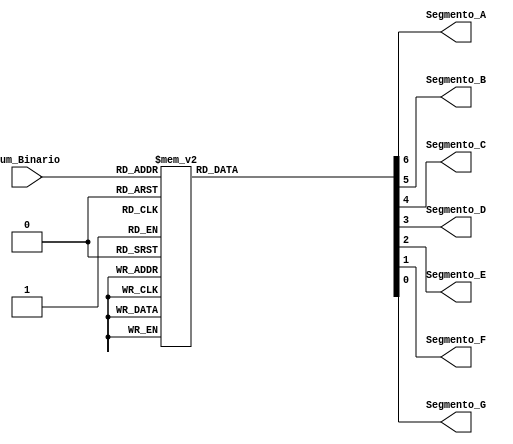
module sete_segmentos 
  (
   input [3:0] Num_Binario,
   output Segmento_A,
   output Segmento_B,
   output Segmento_C,
   output Segmento_D,
   output Segmento_E,
   output Segmento_F,
   output Segmento_G
   );
 
  reg [6:0] Hex_Encoding = 7'h00;
   
  always @(Num_Binario)
    begin
      case (Num_Binario)
        4'b0000 : Hex_Encoding <= 7'h7E;
        4'b0001 : Hex_Encoding <= 7'h30;
        4'b0010 : Hex_Encoding <= 7'h6D;
        4'b0011 : Hex_Encoding <= 7'h79;
        4'b0100 : Hex_Encoding <= 7'h33;          
        4'b0101 : Hex_Encoding <= 7'h5B;
        4'b0110 : Hex_Encoding <= 7'h5F;
        4'b0111 : Hex_Encoding <= 7'h70;
        4'b1000 : Hex_Encoding <= 7'h7F;
        4'b1001 : Hex_Encoding <= 7'h7B;
        4'b1010 : Hex_Encoding <= 7'h77;
        4'b1011 : Hex_Encoding <= 7'h1F;
        4'b1100 : Hex_Encoding <= 7'h4E;
        4'b1101 : Hex_Encoding <= 7'h3D;
        4'b1110 : Hex_Encoding <= 7'h4F;
        4'b1111 : Hex_Encoding <= 7'h47;
      endcase
    end
 
  assign Segmento_A = Hex_Encoding[6];
  assign Segmento_B = Hex_Encoding[5];
  assign Segmento_C = Hex_Encoding[4];
  assign Segmento_D = Hex_Encoding[3];
  assign Segmento_E = Hex_Encoding[2];
  assign Segmento_F = Hex_Encoding[1];
  assign Segmento_G = Hex_Encoding[0];
 
endmodule